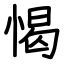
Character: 愒